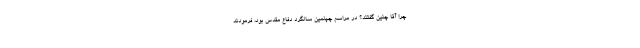
چرا آقا چنین گفتند؟ در مراسم چهلمین سالگرد دفاع ‌مقدس بود، فرمودند